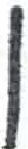
אות: ן